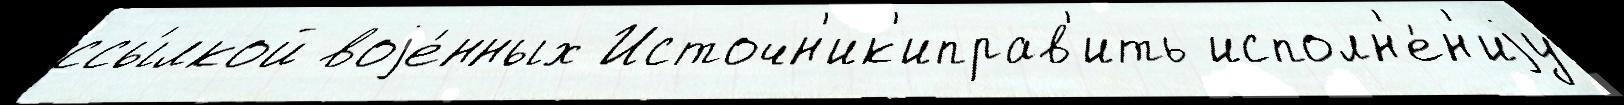
ссы́лкой воjе́нных Источн'ик'иправ'ить исполн'е́н'иjу